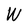
Character: W